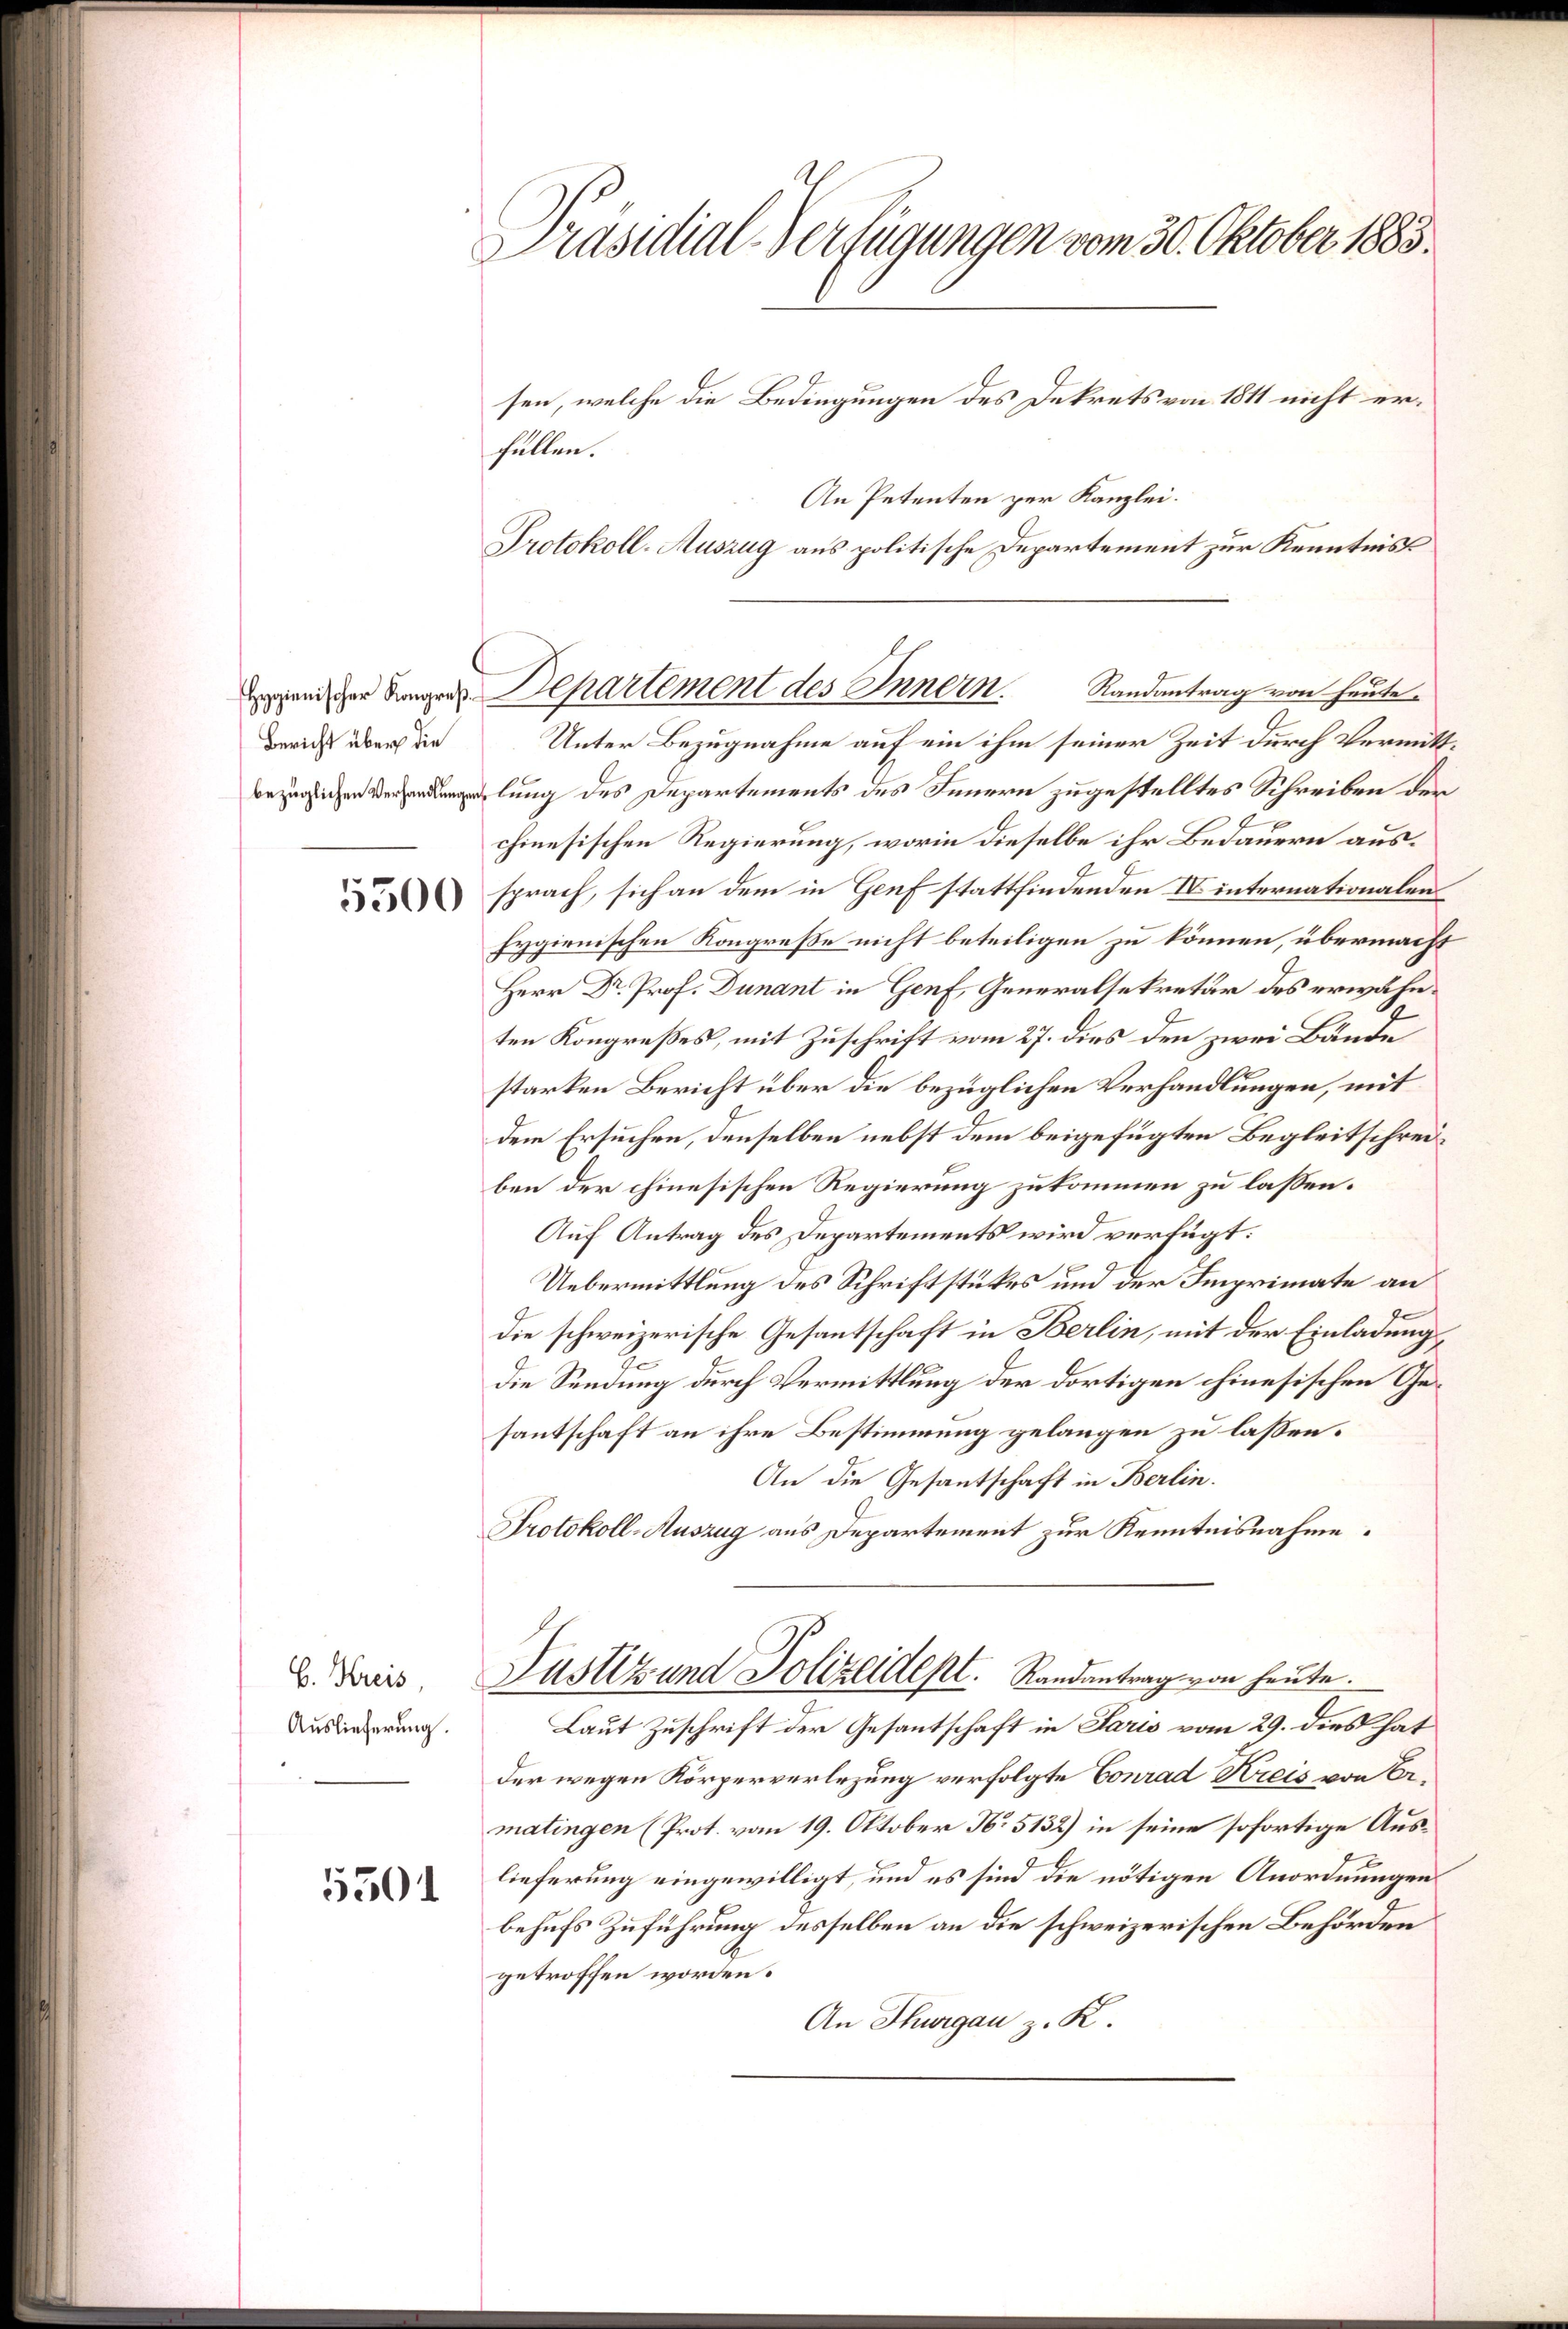
Bericht über die

5500

B. Kreis,
Auslieferung.

5501

Präsidial-Verfügungen vom 30. Oktober 1883.

sen, welche die Bedingungen des Dekrets von 1811 nicht erfüllen.
An Petenten per Kanzlei.
Unter Bezugnahme auf ein ihm seiner Zeit durch Vermittlung des Departements des Innern zugestelltes Schreiben der
chinesischen Regierung, worin dieselbe ihr Bedauern aussprach, sich an dem in Genf stattfindenden IV internationalen
hygienischen Kongreße nicht beteiligen zu können, übermacht
Herr Dr. Prof. Dunant in Genf, Generalsekretär des erwähnten Kongreßes, mit Zuschrift vom 27. dies den zwei Bände
starken Bericht über die bezüglichen Verhandlungen, mit
dem Ersuchen, denselben nebst dem beigefügten Begleitschreiben der chinesischen Regierung zukommen zu laßen.
Auf Antrag des Departements wird verfügt:
Uebermittlung des Schriftstückes und der Imprimate an
die schweizerische Gesantschaft in Berlin, mit der Einladung,
Die Sendung durch Vermittlung der dortigen chinesischen Gesantschaft an ihre Bestimmung gelangen zu lassen.
An die Gesantschaft in Berlin.
Protokoll-Auszug aus Departement zur Kenntnisnahme.
Justiz und Polizeidept. Randantrag von heute.
Laut Zuschrift der Gesantschaft in Paris vom 29. dies hat
der wegen Körperverlegung verfolgte Conrad Kreis von Er.
matingen (Prot. vom 19. Oktober No 5132) in seine sofortige Auslieferung eingewilligt, und es sind die nötigen Anordnungen
behufs Zuführung desselben an die schweizerischen Behörden
getroffen worden.
An Thurgau z. K.

Protokoll-Auszug aus politische Departement zur Kenntniss
end der Jünger Departement des Innern. Randantrag von heute